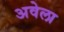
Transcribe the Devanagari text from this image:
अवेला